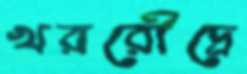
খররৌদ্রে